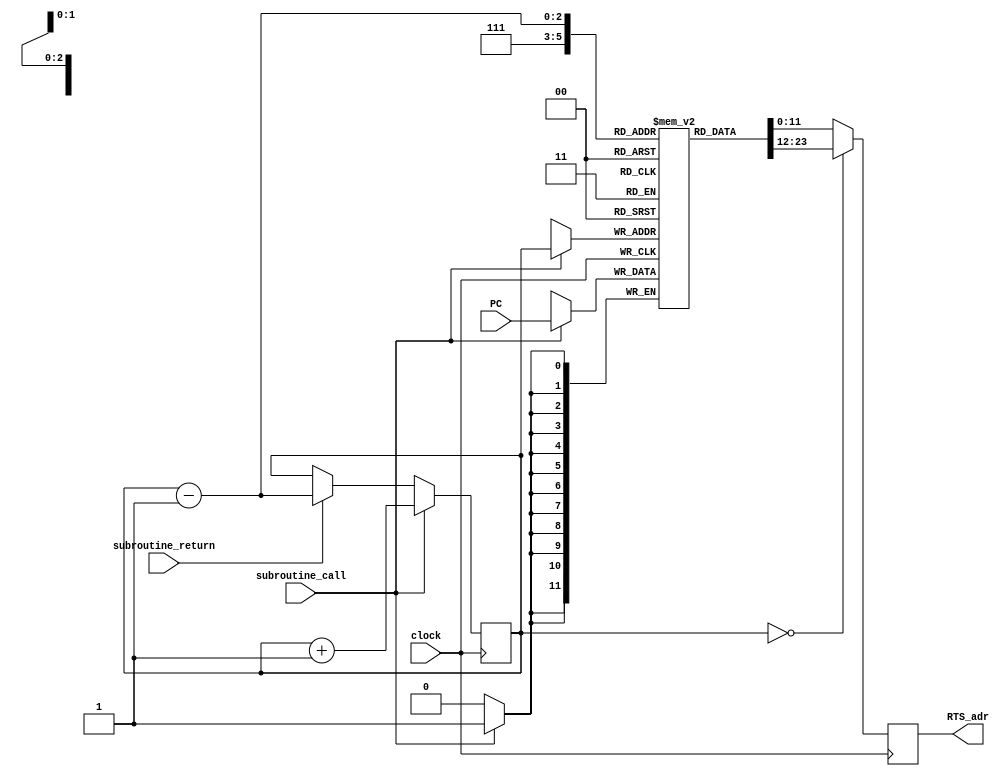
module subroutine_stack(
	input clock,
	input subroutine_call,
	input subroutine_return,
	input [11:0] PC,
	output reg [11:0] RTS_adr
	);

	reg [11:0] stack [7:0];
	reg [2:0] stack_pointer;
	
	integer i;
	initial begin
		for (i = 0; i < 8 ; i = i + 1) begin 
			stack[i] = 12'h00; 
		end 
	
		stack_pointer = 3'h0;
		RTS_adr = 12'h00;
	end
	

	always @(posedge clock) begin
		if (subroutine_call == 1) begin
			stack_pointer <= stack_pointer + 1;
		end
		else if (subroutine_return == 1) begin
			stack_pointer <= stack_pointer - 1;
		end
		
	
		if (subroutine_call == 1) begin
			stack[stack_pointer] <= PC;
		end
		if (stack_pointer == 0)
			RTS_adr <= stack[7];
		else
			RTS_adr <= stack[stack_pointer - 1];
	end
	
endmodule